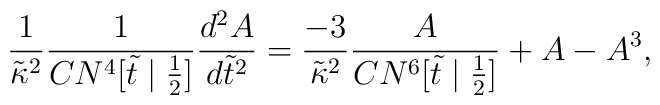
\frac{1}{\tilde{\kappa}^2}\frac{1}{CN^4[\tilde{t}\mid\frac{1}{2}]}\frac{d^2A}{d\tilde{t}^2}=\frac{-3}{\tilde{\kappa}^2}\frac{A}{CN^6[\tilde{t}\mid\frac{1}{2}]}+A-A^3,